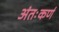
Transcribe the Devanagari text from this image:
अंतःकर्ण